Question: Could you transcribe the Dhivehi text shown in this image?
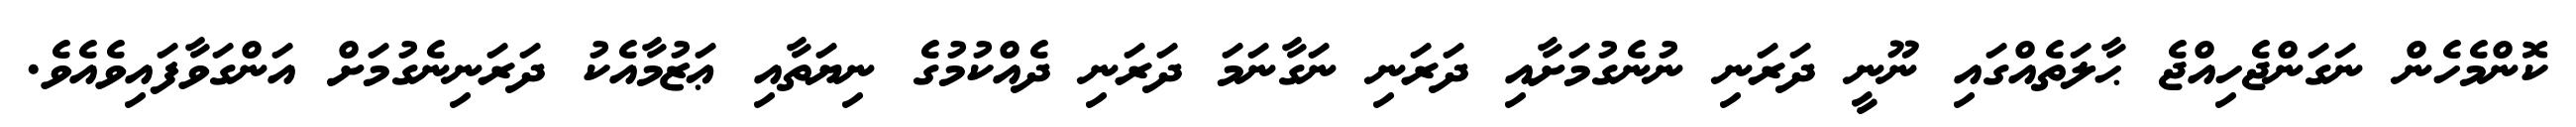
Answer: ކޮންމެހެން ނަގަންޖެހިއްޖެ ޙާލަތެއްގައި ނޫނީ ދަރަނި ނުނެގުމަށާއި ދަރަނި ނަގާނަމަ ދަރަނި ދެއްކުމުގެ ނިޔަތާއި ޢަޒުމާއެކު ދަރަނިނެގުމަށް އަންގަވާފައިވެއެވެ.